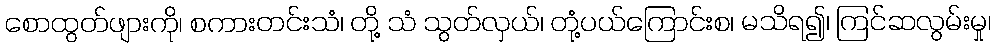
စောထွတ်ဖျားကို၊ စကားတင်းသံ၊ တို့ သံ သွတ်လှယ်၊ တုံ့ပယ်ကြောင်းစ၊ မသိရ၍၊ ကြင်ဆလွမ်းမှု၊